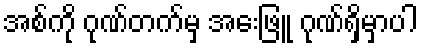
အစ်ကို ဂုဏ်တက်မှ အေးဖြူ ဂုဏ်ရှိမှာပါ